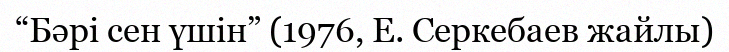
“Бәрі сен үшін” (1976, Е. Серкебаев жайлы)